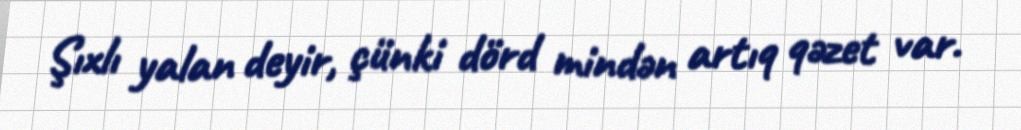
Şıxlı yalan deyir, çünki dörd mindən artıq qəzet var.